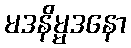
မဒနိမ္မဒနော